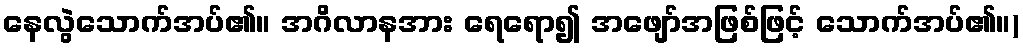
နေလွဲသောက်အပ်၏။ အဂိလာနအား ရေရော၍ အဖျော်အဖြစ်ဖြင့် သောက်အပ်၏။)